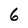
Character: 6